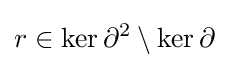
r\in \ker \partial ^{2}\setminus \ker \partial